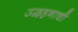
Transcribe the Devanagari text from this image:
उद्वहनाची